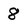
Character: 8